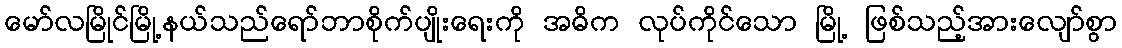
မော်လမြိုင်မြို့နယ်သည်ရော်ဘာစိုက်ပျိုးရေးကို အဓိက လုပ်ကိုင်သော မြို့ ဖြစ်သည့်အားလျော်စွာ